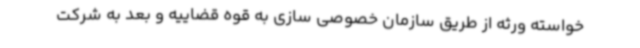
خواسته ورثه از طریق سازمان خصوصی سازی به قوه قضاییه و بعد به شرکت